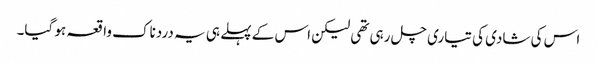
اس کی شادی کی تیاری چل رہی تھی لیکن اس کے پہلے ہی یہ دردناک واقعہ ہو گیا۔